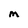
Character: M